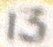
13